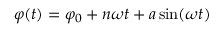
\varphi ( t ) = \varphi _ { 0 } + n \omega t + a \sin ( \omega t )